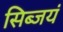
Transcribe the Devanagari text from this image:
सिब्जयं